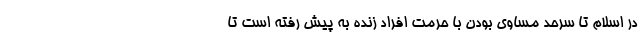
در اسلام تا سرحد مساوی بودن با حرمت افراد زنده به پیش رفته است تا